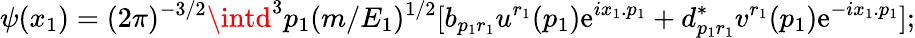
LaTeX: \psi(x_{1})=(2\pi)^{-3/2}\intd^{3}p_{1}(m/E_{1})^{1/2}[b_{p_{1}r_{1}}u^{r_{1}}(p_{1})\mathrm{e}^{ix_{1}.p_{1}}+d_{p_{1}r_{1}}^{*}v^{r_{1}}(p_{1})\mathrm{e}^{-ix_{1}.p_{1}}];